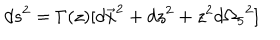
d s ^ { 2 } = \Gamma ( z ) [ { d \vec { x } } ^ { 2 } + d z ^ { 2 } + z ^ { 2 } { d \Omega _ { 5 } } ^ { 2 } ]